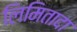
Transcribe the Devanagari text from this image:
लिमितादा